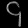
Digit: ၄